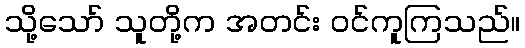
သို့သော် သူတို့က အတင်း ဝင်ကူကြသည်။